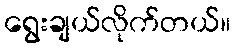
ရွေးချယ်လိုက်တယ်။